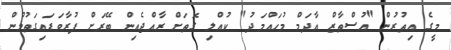
މީގެ އިތުރުން "އުސްތާޒް އާދަމް މުހައްމަދު" ކުއްލި ގޮތަށް ރާއްޖެއިން ބޭރަށް ފުރާވަޑައިގަތުމުން